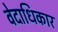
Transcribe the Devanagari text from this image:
वेदाधिकार